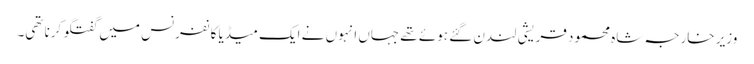
وزیر خارجہ شاہ محمود قریشی لندن گئے ہوئے تھے جہاں انہوں نے ایک میڈیا کانفرنس میں گفتگو کرنا تھی۔